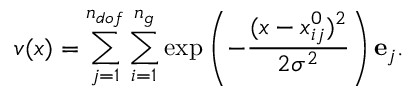
\ensuremath { \boldsymbol { v } } ( \ensuremath { \boldsymbol { { x } } } ) = \sum _ { j = 1 } ^ { n _ { d o f } } \sum _ { i = 1 } ^ { n _ { g } } \exp \left( - \frac { ( \ensuremath { \boldsymbol { { x } } } - \ensuremath { \boldsymbol { { x } } } _ { i j } ^ { 0 } ) ^ { 2 } } { 2 \sigma ^ { 2 } } \right) \mathbf { e } _ { j } .